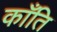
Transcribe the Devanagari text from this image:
काँति